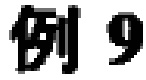
例9